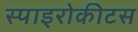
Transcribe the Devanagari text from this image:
स्पाइरोकीटस